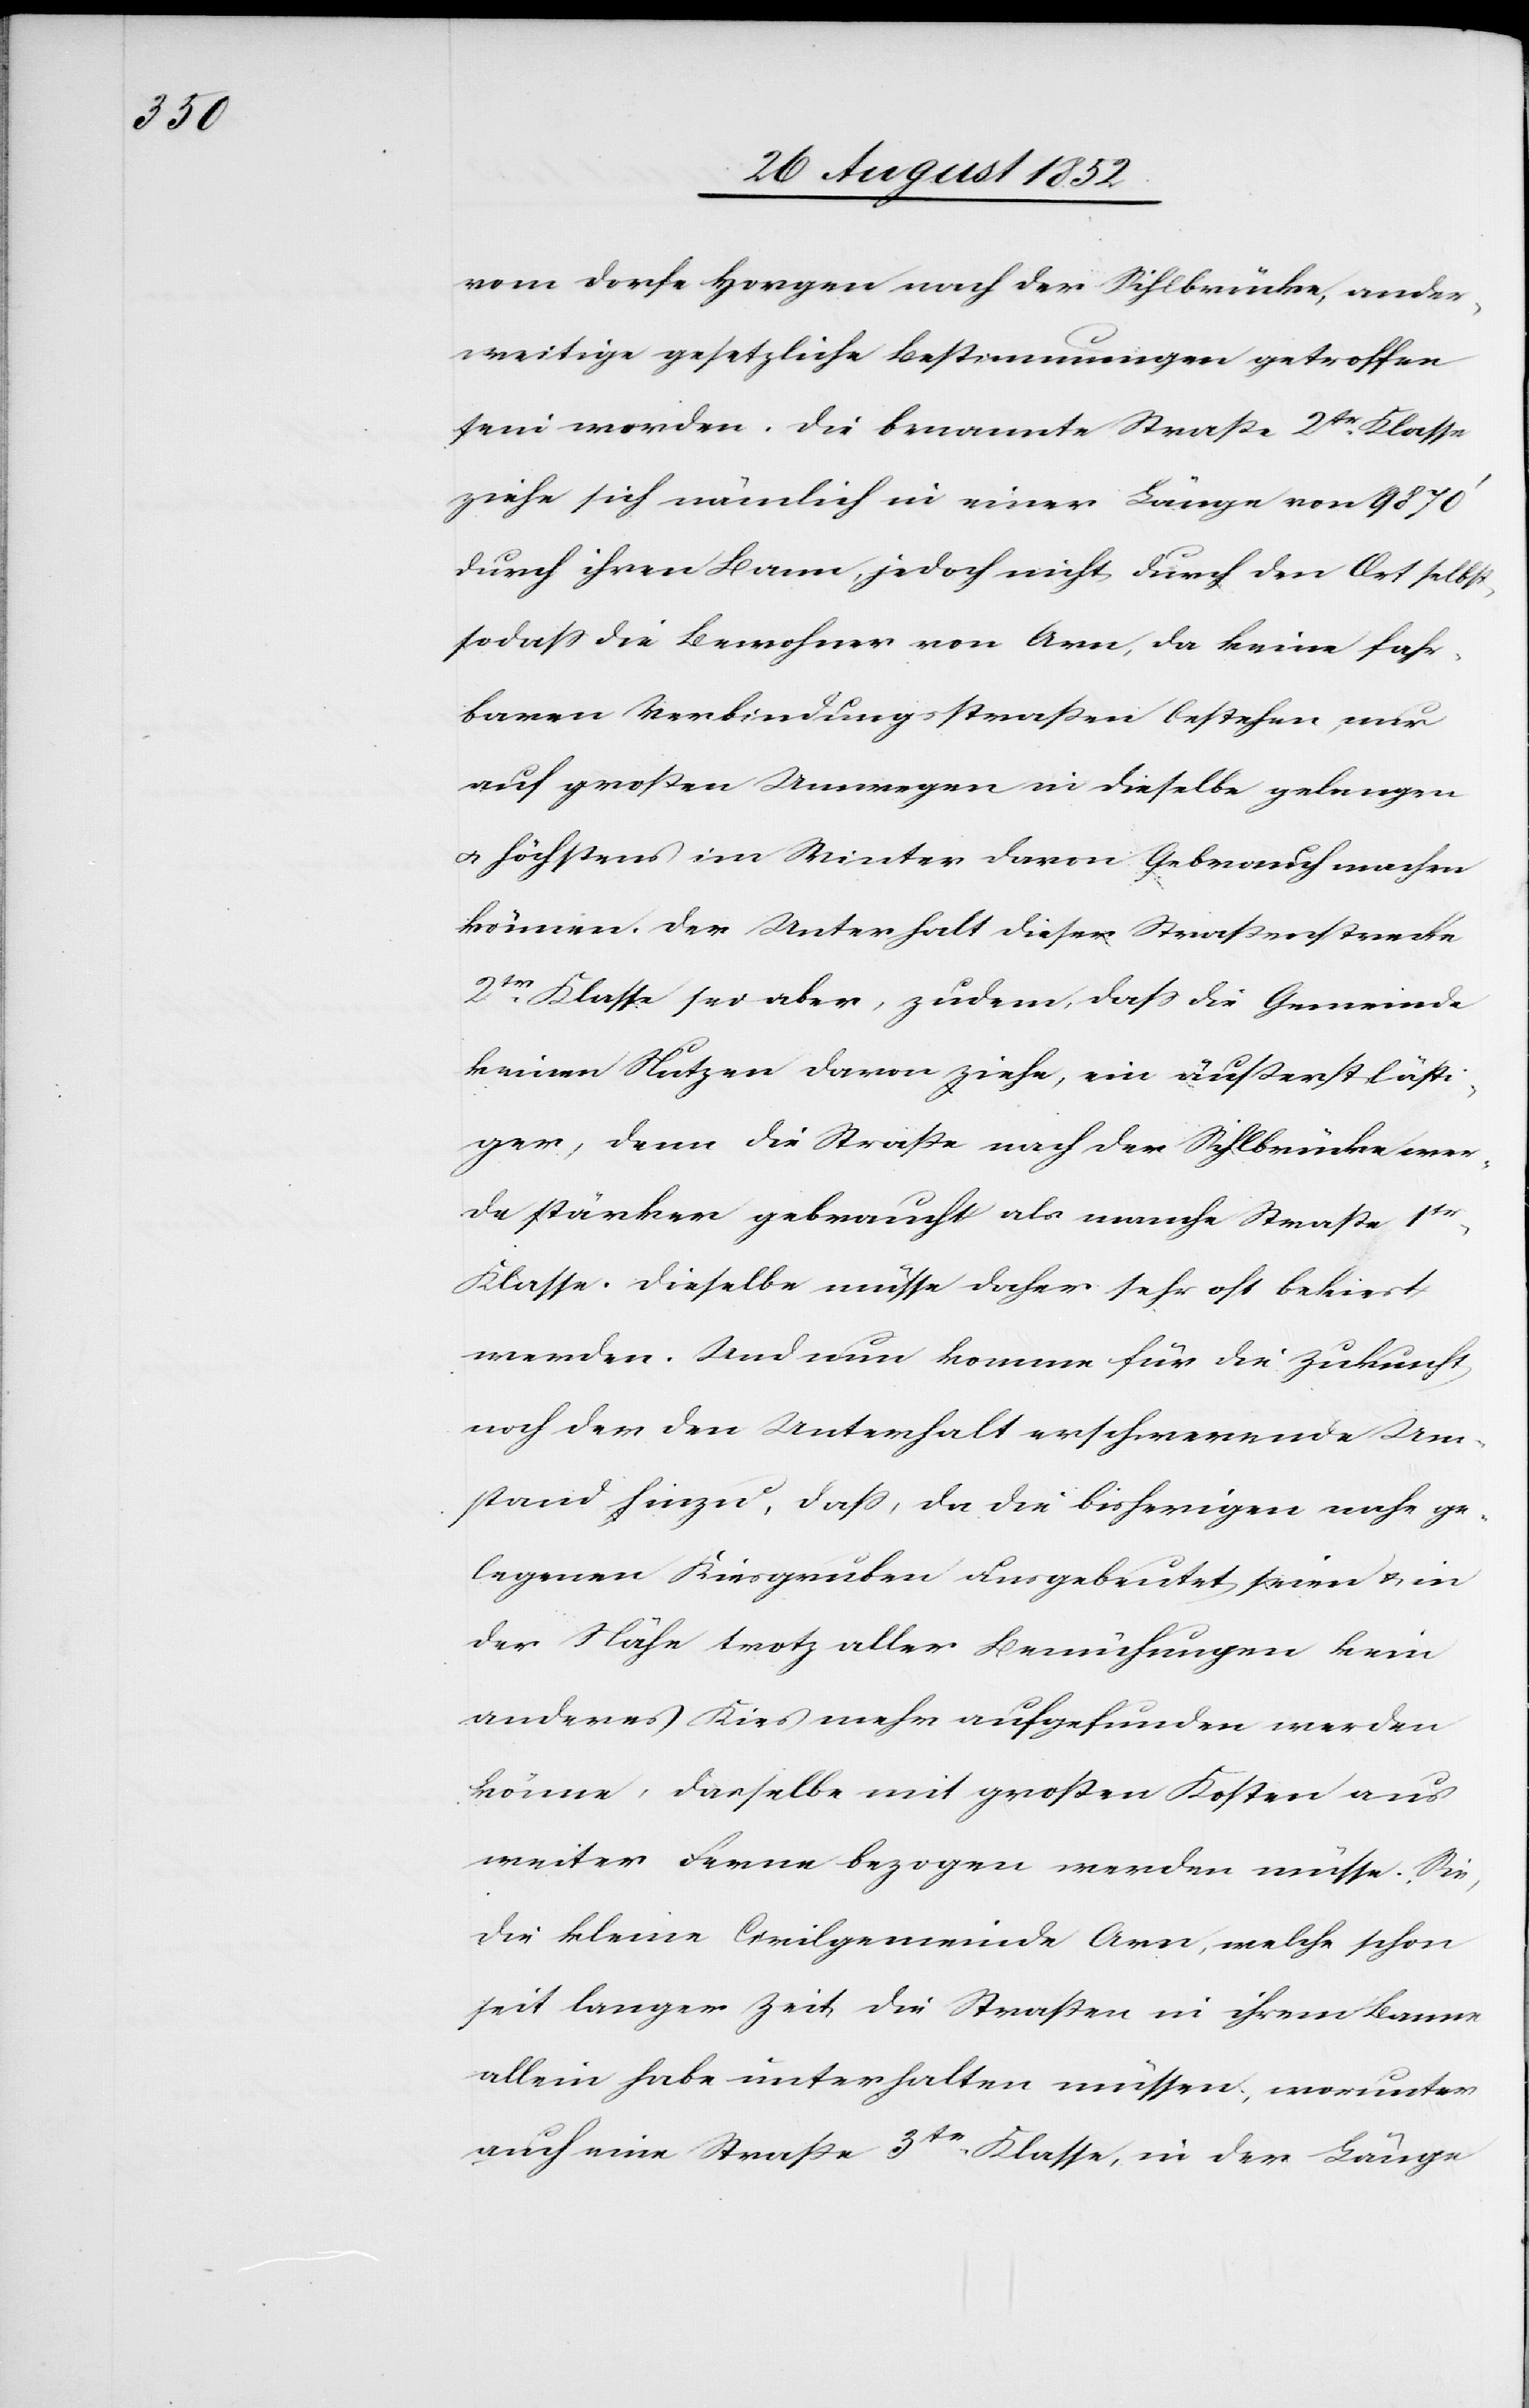
vom Dorfe Horgen nach der Sihlbrücke, ander¬
weitige gesetzliche Bestimmungen getroffen
sein werden. Die benannte Straße 2tr. Klasse
ziehe sich nämlich in einer Länge von 9870‘
durch ihren Bann, jedoch nicht durch den Ort selbst,
sodass die Bewohner von Arn, da keine fahr¬
baren Verbindungsstraßen bestehen, nur
auf großen Umwegen in dieselbe gelangen
& höchstens im Winter davon Gebrauch machen
können. Der Unterhalt dieser Straßenstrecke
2tr. Klasse sei aber, zudem, dass die Gemeinde
keinen Nutzen davon ziehe, ein äußerst lästi¬
ger, denn die Straße nach der Sihlbrücke wer¬
de stärker gebraucht als manche Straße 1tr
Klasse. Dieselbe müsse daher sehr oft bekiest
werden. Und nun komme für die Zukunft
noch der den Unterhalt erschwerende Um¬
stand hinzu, dass, da die bisherigen nahe ge¬
legenen Kiesgruben ausgebeutet seien & in
der Nähe trotz aller Bemühungen kein
anderes Kies mehr aufgefunden werden
könne, dasselbe mit großen Kosten aus
weiter Ferne bezogen werden müsse. Sie,
die kleine Civilgemeinde Arn, welche schon
seit langer Zeit die Straße in ihrem Banne
allein habe unterhalten müssen, worunter
auch eine Straße 3tr. Klasse, in der Länge